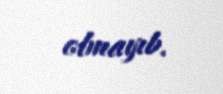
olmayıb.